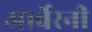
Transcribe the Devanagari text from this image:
आर्वेरनी